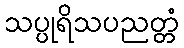
သပ္ပုရိသပညတ္တံ